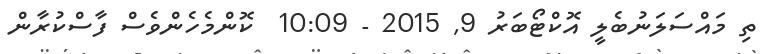
ތި މައްސަލަނުބެލީ އޮކްޓޯބަރު 9